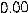
0.00